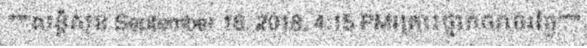
"""សន្តិសុខ September 16, 2018, 4:15 PMគ្រោះថ្នាក់ចរាចរថ្ងៃ"""